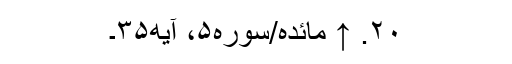
۲۰. ↑ مائده/سوره۵، آیه۳۵۔